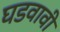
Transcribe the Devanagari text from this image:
घडवावी